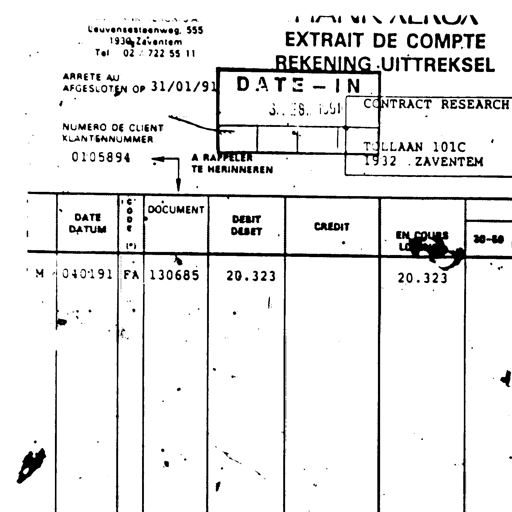
Leuvensesteenweg, 555
1930 Zaventem
Tel 02 / 722 55 11
EXTRAIT DE COMPTE
REKENING UITTREKSEL
ARRETE AU
AFGESLOTEN OP 31/01/91
DATE - IN
3. ES. 1991
CONTRACT RESEARCH
NUMERO DE CLIENT
KLANTENNUMMER
TOLLAAN 101C
0105894
1932 ZAVENTEM
A RAPPELER
TE HERINNEREN
DATE
DATUM
CODE (*)
DOCUMENT
DEBIT
DEBET
CREDIT
EN COURS
LOPENDE
30-60
M 040191
FA 130685
20.323
20.323